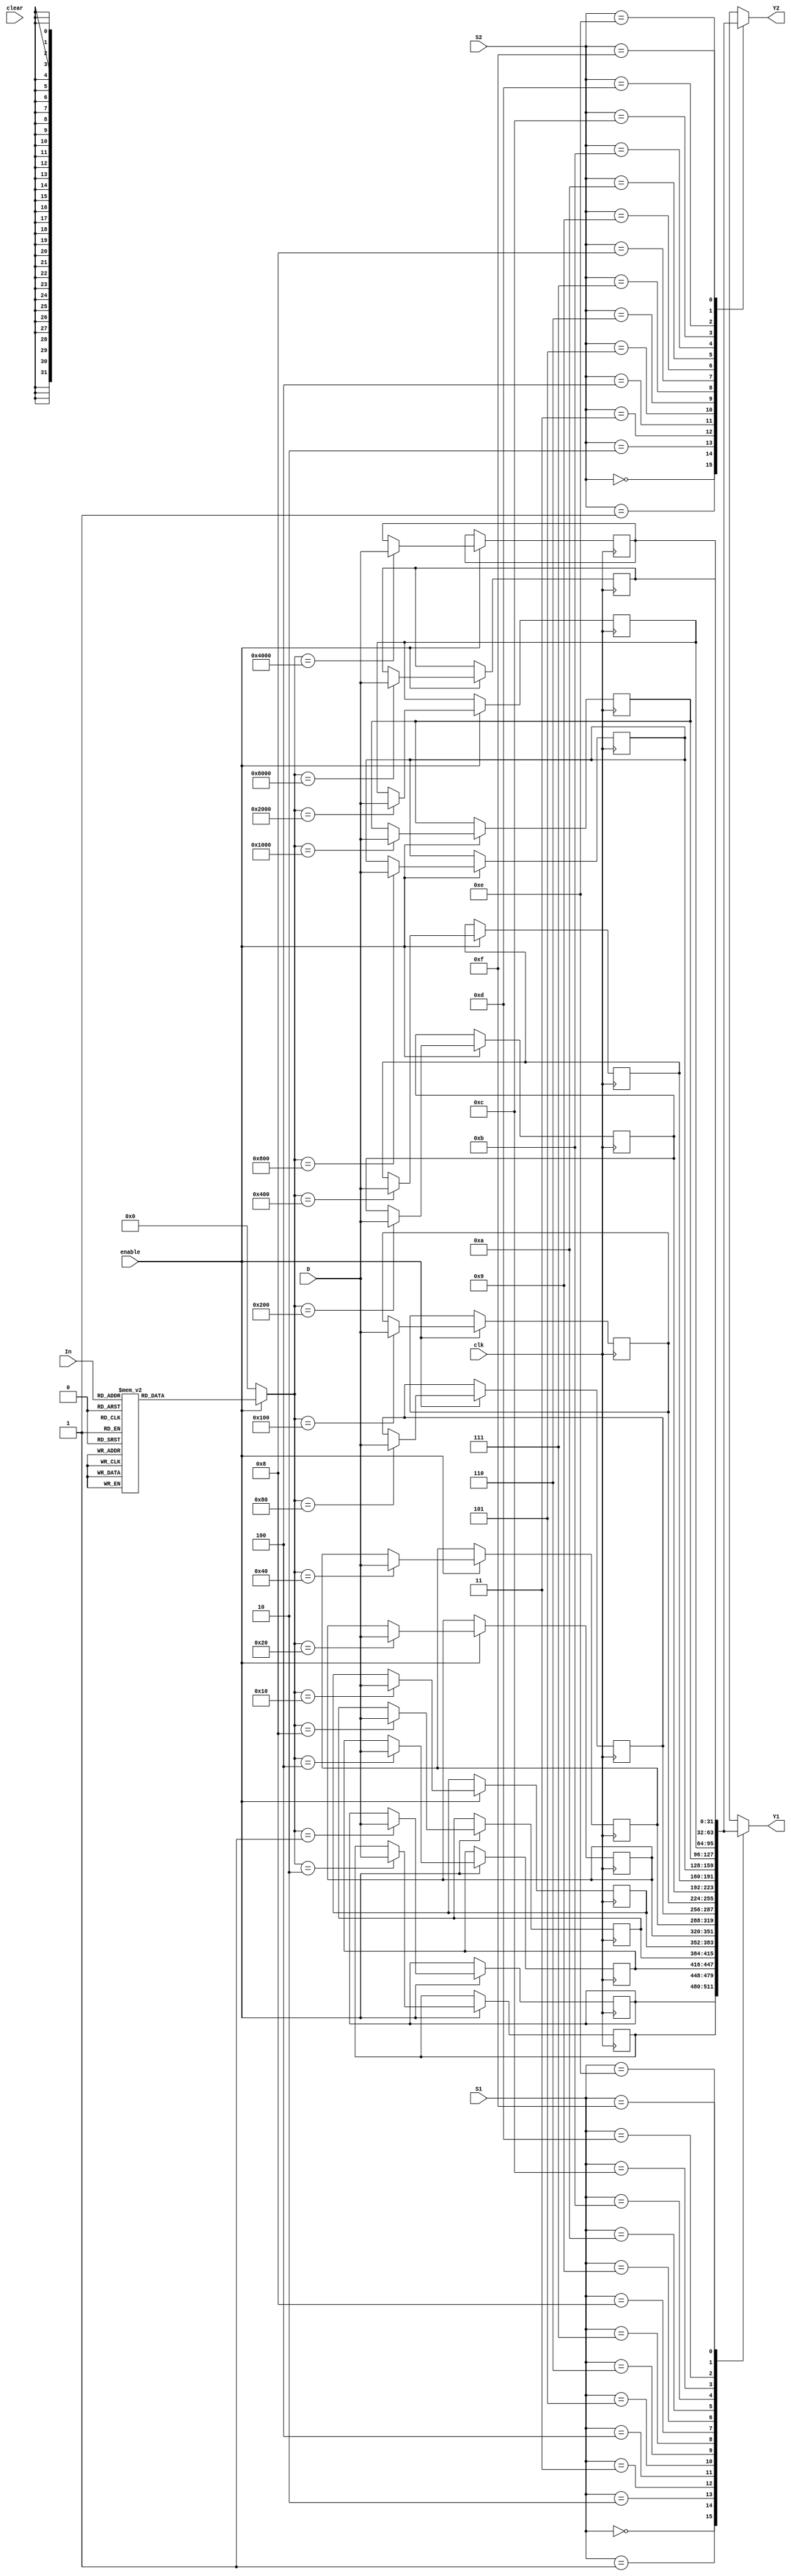
module theRegisterFile(input[3:0] In, input enable, clear, clk, input[31:0] D, input[3:0] S1, S2, output reg[31:0] Y1, Y2);
  reg[31:0] Q0,Q1,Q2,Q3,Q4,Q5,Q6,Q7,Q8,Q9,Q10,Q11,Q12,Q13,Q14,Q15;
  reg[15:0] Out;

  //Binary Decoder
  initial begin Q0 = 0; Q1 = 0; Q2 = 0; Q3 = 0; Q4 = 0; Q5 = 0; Q6 = 0; Q7 = 0; Q8 = 0; Q9 = 0; Q10 = 0; Q11 = 0; Q12 = 0; Q13 = 0; Q14 = 0; Q15 = 0; end


  always @ (enable, In) begin
    Out  = 0;
    if (enable) begin
      case (In)
        4'h0 : Out  = 16'h0001;
        4'h1 : Out  = 16'h0002;
        4'h2 : Out  = 16'h0004;
        4'h3 : Out  = 16'h0008;
        4'h4 : Out  = 16'h0010;
        4'h5 : Out  = 16'h0020;
        4'h6 : Out  = 16'h0040;
        4'h7 : Out  = 16'h0080;
        4'h8 : Out  = 16'h0100;
        4'h9 : Out  = 16'h0200;
        4'hA : Out  = 16'h0400;
        4'hB : Out  = 16'h0800;
        4'hC : Out  = 16'h1000;
        4'hD : Out  = 16'h2000;
        4'hE : Out  = 16'h4000;
        4'hF : Out  = 16'h8000;
      endcase
    end
  end

//Registers
always @(posedge clk) begin
  if (enable ==1)
    case(Out)
      16'h0001 : Q0 = D;
      16'h0002 : Q1 = D;
      16'h0004 : Q2 = D;
      16'h0008 : Q3 = D; 
      16'h0010 : Q4 = D; 
      16'h0020 : Q5 = D; 
      16'h0040 : Q6 = D; 
      16'h0080 : Q7 = D; 
      16'h0100 : Q8 = D; 
      16'h0200 : Q9 = D;
      16'h0400 : Q10 = D;
      16'h0800 : Q11 = D; 
      16'h1000 : Q12 = D;
      16'h2000 : Q13 = D; 
      16'h4000 : Q14 = D; 
      16'h8000 : Q15 = D;
    endcase
    //$display("Q15: %b", Q15);
end
  

always @ (S1,Q0,Q1,Q2,Q3,Q4,Q5,Q6,Q7,Q8,Q9,Q10,Q11,Q12,Q13,Q14,Q15) begin
  case (S1)
    4'b0000: Y1 = Q0;
    4'b0001: Y1 = Q1;
    4'b0010: Y1 = Q2;
    4'b0011: Y1 = Q3;
    4'b0100: Y1 = Q4;
    4'b0101: Y1 = Q5;
    4'b0110: Y1 = Q6;
    4'b0111: Y1 = Q7;
    4'b1000: Y1 = Q8;
    4'b1001: Y1 = Q9;
    4'b1010: Y1 = Q10;
    4'b1011: Y1 = Q11;
    4'b1100: Y1 = Q12;
    4'b1101: Y1 = Q13;
    4'b1110: Y1 = Q14;
    4'b1111: Y1 = Q15;
  endcase
end

always @ (S2,Q0,Q1,Q2,Q3,Q4,Q5,Q6,Q7,Q8,Q9,Q10,Q11,Q12,Q13,Q14,Q15)
  case (S2)
    4'b0000: Y2 = Q0;
    4'b0001: Y2 = Q1;
    4'b0010: Y2 = Q2;
    4'b0011: Y2 = Q3;
    4'b0100: Y2 = Q4;
    4'b0101: Y2 = Q5;
    4'b0110: Y2 = Q6;
    4'b0111: Y2 = Q7;
    4'b1000: Y2 = Q8;
    4'b1001: Y2 = Q9;
    4'b1010: Y2 = Q10;
    4'b1011: Y2 = Q11;
    4'b1100: Y2 = Q12;
    4'b1101: Y2 = Q13;
    4'b1110: Y2 = Q14;
    4'b1111: Y2 = Q15;
  endcase
endmodule